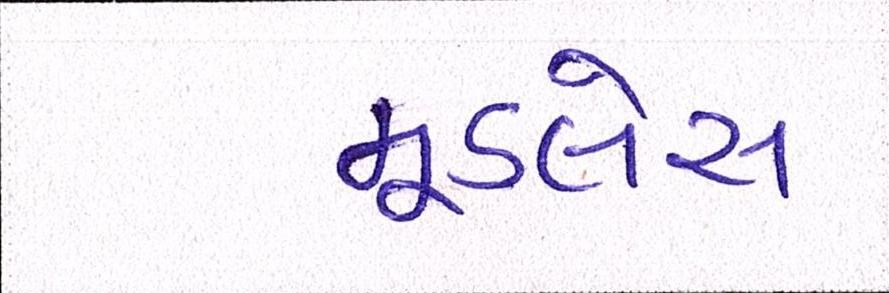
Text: મૂડલેસ